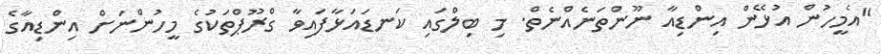
"އެމީހުން އުޅޭން އިންޑިއާ ނޫންތަނެއްނެތް. މި ބިލްގައި ކަނޑައަޅާފައިވާ ގްރޫޕްތަކުގެ މީހުންނަށް އިންޑިއާގެ